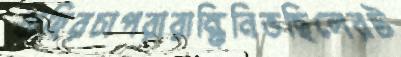
বাহিরচাপরারান্ধিনিভছিলেরট